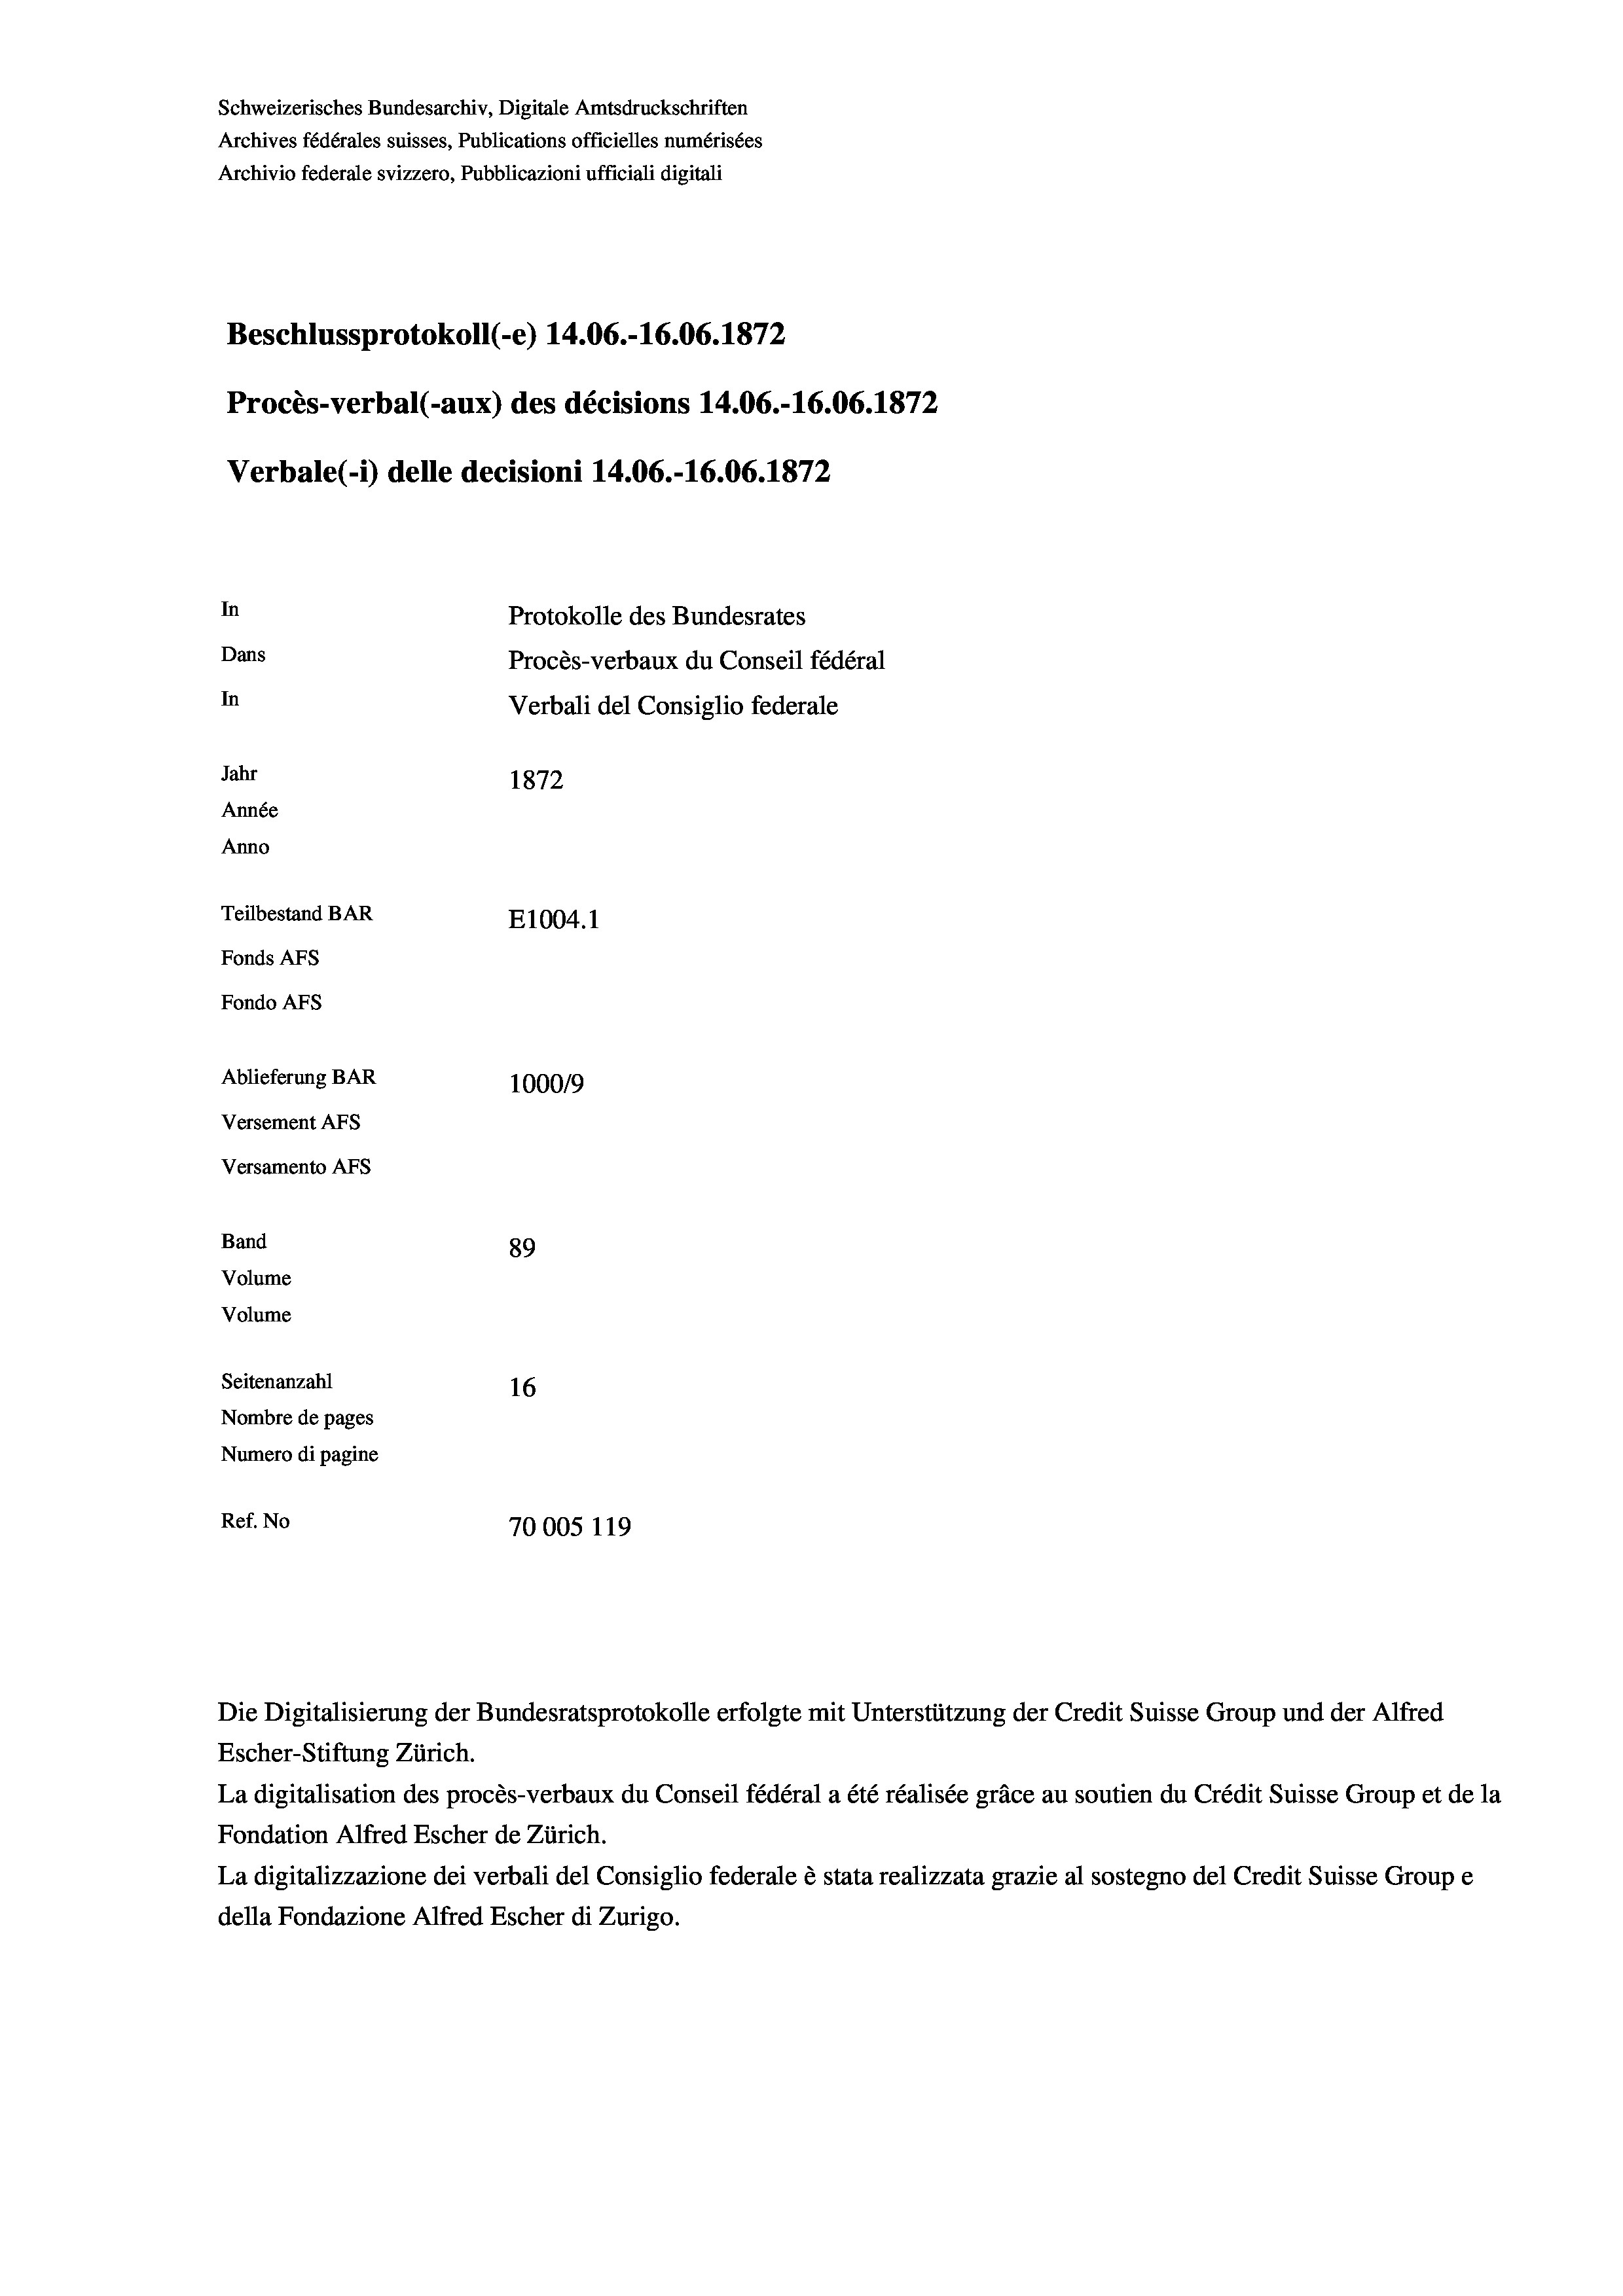
Schweizerisches Bundesarchiv, Digitale Amtsdruckschriften
Archives fédérales suisses, Publications officielles numérisées
Beschlussprotokoll (-e) 14.06.-16.06. 1872
In
Protokolle des Bundesrates
Dans
Procès-verbaux du Conseil fédéral
In
Verbali del Consiglio federale
Jahr
1872
Année
Anno
Teilbestand BAR
E1004. 1
Fonds AFs
Fondo Afs

Ablieferung BAR
Versement AFs
Versamento AFs
Band
Volume
Volume
Seitenanzahl

Archivio federale svizzero, Pubblicazioni ufficiali digitali

Verbale (- 1) delle decisioni 14.06.-16.06. 1872

Procès-verbal (-aux) des décisions 14.06.-16.06. 1872

100019
89
16
Nombre de pages
Numero di pagine
Ref. No
70005 119

Escher-Stiftung Zürich.
La digitalisation des procès-verbaux du Conseil fédéral a été réalisée gräce au soutien du Crédit Suisse Group et de la
Fondation Alfred Escher de Zürich.
La digitalizzazione dei verbali del Consiglio federale è stata realizzata grazie al sostegno del Credit Suisse Groupe
della Fondazione Alfred Escher di Zurigo.

Die Digitalisierung der Bundesratsprotokolle erfolgte mit Unterstützung der Credit Suisse Group und der Alfred